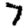
Digit: 7